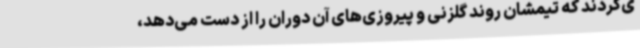
ی‌کردند که تیمشان روند گلزنی و پیروزی‌های آن دوران را از دست می‌دهد،